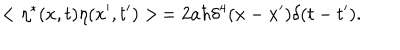
< \eta ^ { * } ( x , t ) \eta ( x ^ { \prime } , t ^ { \prime } ) > \, = 2 a \hbar \delta ^ { 4 } ( x - x ^ { \prime } ) \delta ( t - t ^ { \prime } ) .